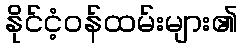
နိုင်ငံ့ဝန်ထမ်းများ၏